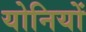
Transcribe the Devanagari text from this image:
योनियों